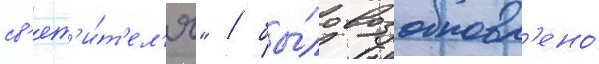
св'ят'и́т'ел'я" / бы́ло возобновл'ено́